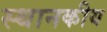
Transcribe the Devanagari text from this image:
स्थानकीय